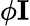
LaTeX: \phi\mathbf{I}